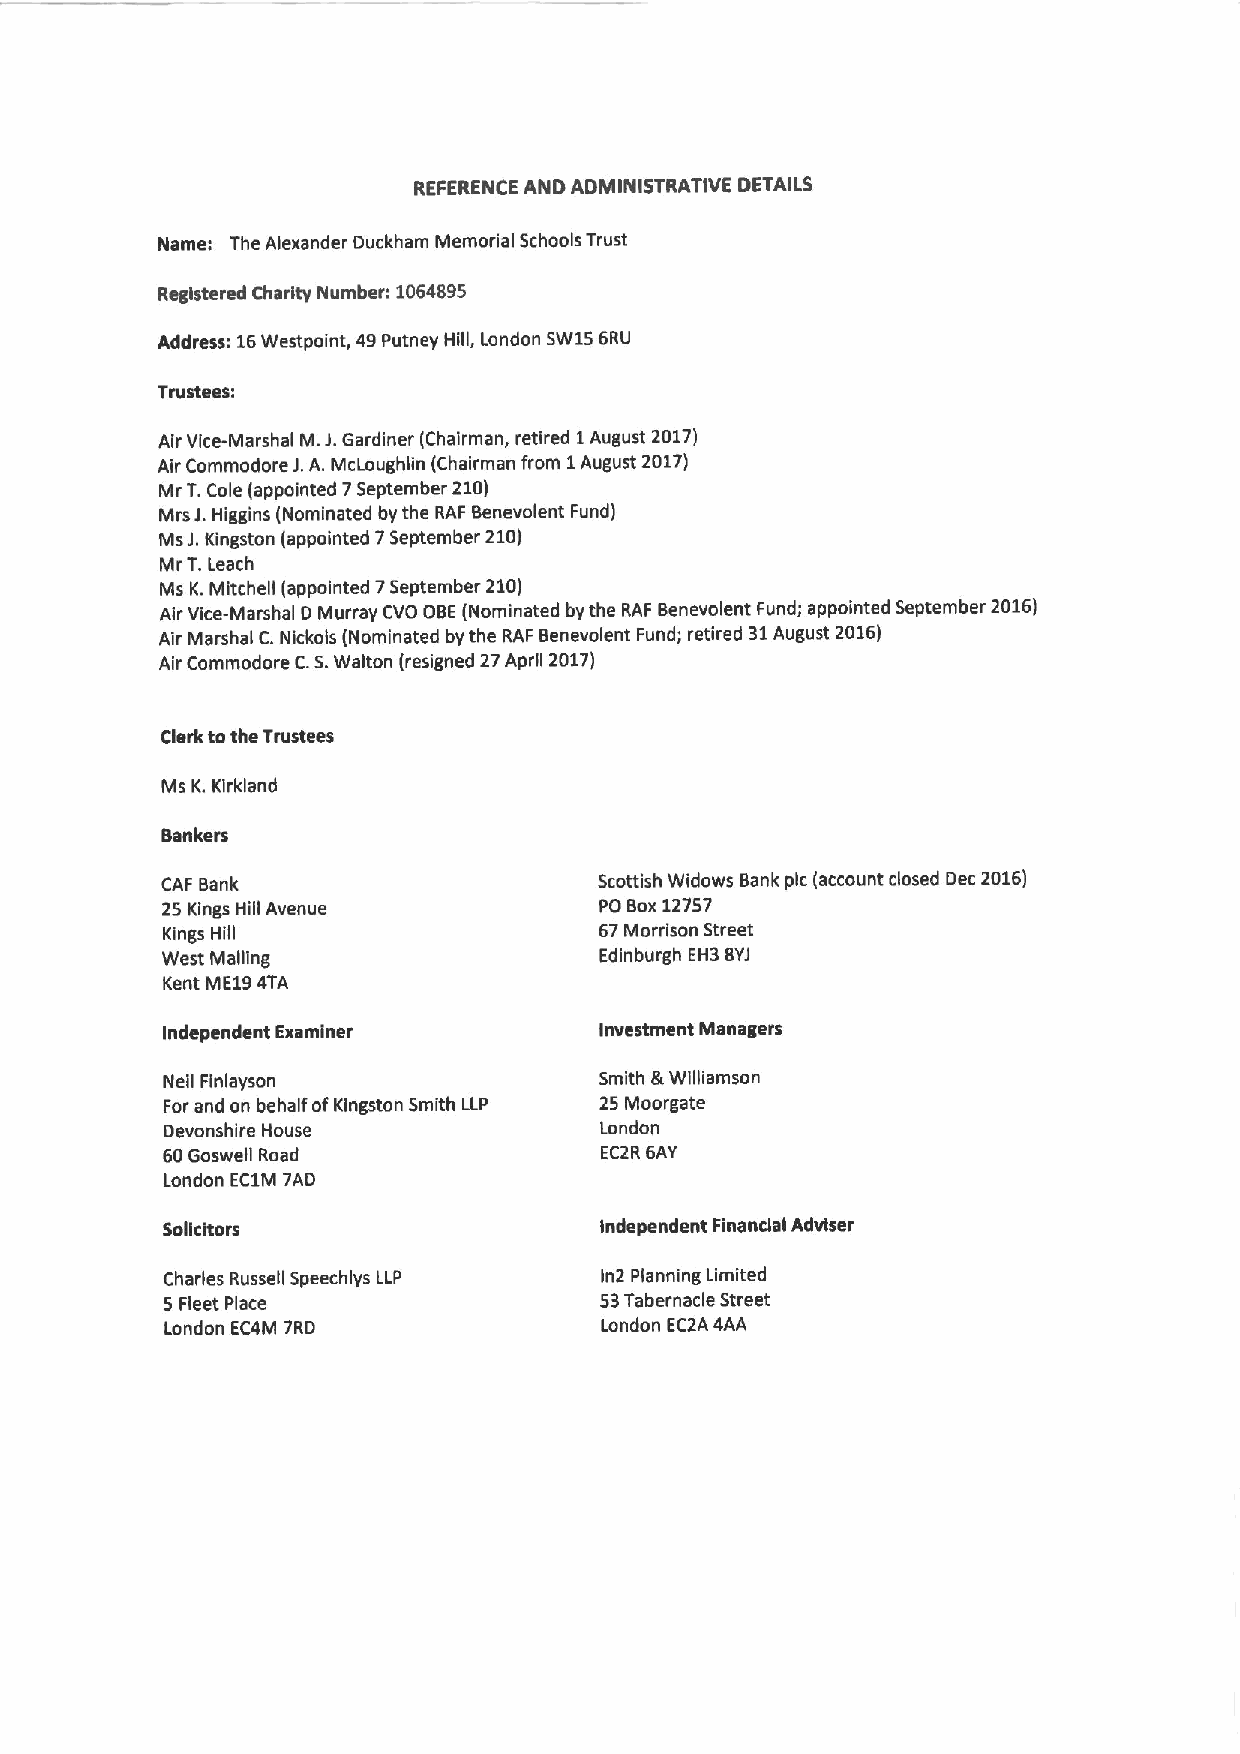
REFERENCE AND ADMINISTRATIVE DETAILS
 Name: The Alexander Duckham Memorial Schools Trust
 Registered Charity Number: 1064895
 Address: 16Westpoint, 49Putney Hill, London SW156RIJ
 Trustees:
 Air Vice-Marshal M.J.Gardiner (Chairman, retired 1August 2017)
 Air Commodore J.A.McLoughlin (Chairman from 1August 2017)
 Mr T.Cole (appointed 7September 210)
 Mrs J.Higgins (Nominated by the RAF Benevolent Fund)
 MsJ.Kingston (appointed 7September 210)
 Mr T.Leach
 Ms K.Mitchell (appointed 7September 210)
 Air Vice-Marshal D Murray CVO OBE(Nominated by the RAF Benevolent Fund; appointed September 2016)
 Air Marshal C.Nickols (Nominated by the RAF Benevolent Fund; retired 31August 2016)
 Air Commodore C.S.Walton (resigned 27April 2017)
 Clerk tothe Trustees
 Ms K.Kirkland
 Bankers
 CAF Bank                     Scottish Widows Bank pic (account closed Dec 2016)
 25 Kings Hill Avenue         PO Box12757
 Kings Hill
 67Morrison Street
 West Mailing                 Edinburgh EH3 BYJ
 Kent ME194TA
 Independent Examiner         Investment Managers
 Nell Finlayson               Smith &Williamson
 Forand on behalf ofKingston Smith LLP 25 Moorgate
 Devonshire House             London
 60Goswell Road               EC2R 6AY
 London EC1M 7AD
 Solicitors                   Independent Financial Adviser
 Charles Russell Speechlys LLP In2 Planning Limited
 5 Fleet Place                53Tabernacle Street
 London EC4M 7RD              London EC2A 4AA